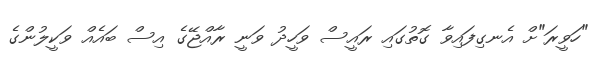
"ހަވީރަ"ށް އެނގިފައިވާ ގޮތުގައި ރައީސް ވަހީދު ވަނީ ރާއްޖޭގެ އިސް ބައެއް ވަކީލުންގެ